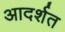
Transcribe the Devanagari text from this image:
आदर्शत